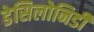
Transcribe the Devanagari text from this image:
डेसिलोनिडी